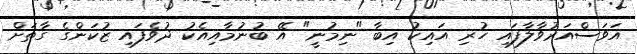
އަވަސްއަރުވާލާފައި ހުރި އައިކު އިބާ "ނިމުނީ" އޭ ބުނުމާއިއެކު ދުވެފައި ޒުކަންގެ ގާތަށް